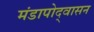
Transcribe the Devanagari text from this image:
मंडापोद्‌वासन